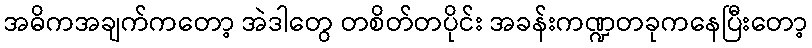
အဓိကအချက်ကတော့ အဲဒါတွေ တစိတ်တပိုင်း အခန်းကဏ္ဍတခုကနေပြီးတော့